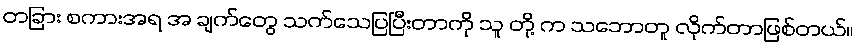
တခြား စကားအရ အ ချက်တွေ သက်သေပြပြီးတာကို သူ တို့ က သဘောတူ လိုက်တာဖြစ်တယ်။